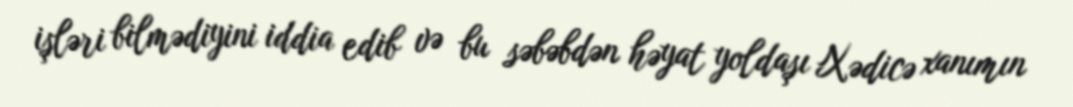
işləri bilmədiyini iddia edib və bu səbəbdən həyat yoldaşı Xədicə xanımın